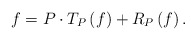
\begin{align*}f=P\cdot T_{P}\left( f\right) +R_{P}\left( f\right) . \end{align*}